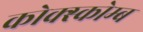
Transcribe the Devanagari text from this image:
कोक्स्कोम्ब